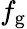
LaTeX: f_{\mathrm{g}}